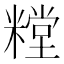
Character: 糛